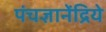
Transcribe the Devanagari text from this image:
पंचज्ञानेंद्रिये